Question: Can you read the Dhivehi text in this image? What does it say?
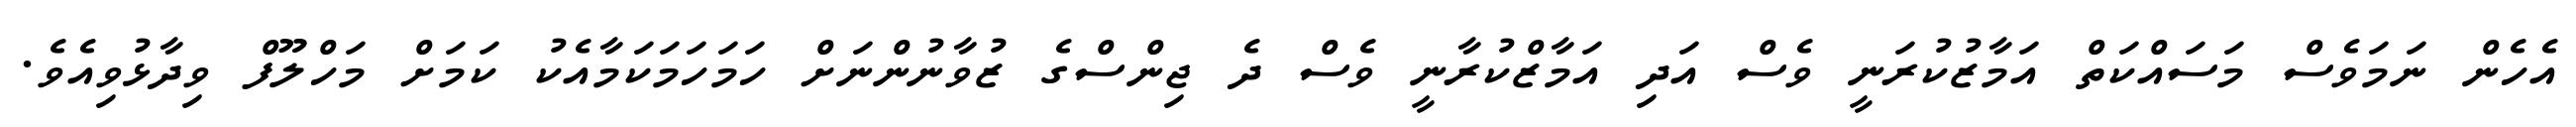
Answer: އެހެން ނަމަވެސް މަސައްކަތް އަމާޒުކުރަނީ ވެސް އަދި އަމާޒްކުރާނީ ވެސް ދެ ޖިންސްގެ ޒުވާނުންނަށް ހަމަހަމަކަމާއެކު ކަމަށް މަހްލޫފް ވިދާޅުވިއެވެ.